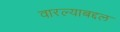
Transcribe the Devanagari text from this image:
वारल्याबद्दल